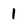
Character: 1